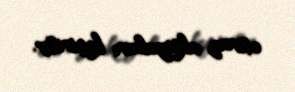
etiraz aksiyaları keçirilir.